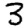
Digit: 3